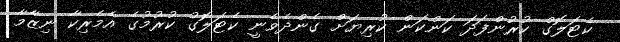
ކެޓަލޮގް ކުރުންފަދަ ކަންކަން ކުރިޔަށް ގެންދެވެނީ ކެޓަލޮގު ކުރުމުގެ އެމެރިކާ ނިޒާމާ